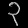
Digit: ၃